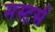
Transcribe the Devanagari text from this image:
मस्टर्स